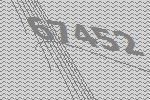
67452